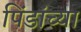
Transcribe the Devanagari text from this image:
पिंडांच्या